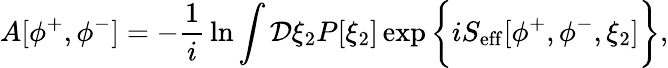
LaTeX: A[\phi^{+},\phi^{-}]=-{\frac{1}{i}}\ln\int{\cal D}\xi_{2}P[\xi_{2}]\exp\bigg\{ iS_{\mathrm{eff}}[\phi^{+},\phi^{-},\xi_{2}]\bigg\} ,